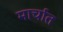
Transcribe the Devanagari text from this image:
मार्चात